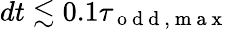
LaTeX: dt\lesssim 0.1\tau_{\mathrm{~o~d~d~},\mathrm{~m~a~x~}}